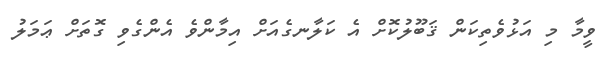
ވީމާ މި އަޅުވެތިކަން ޤަބޫލުކޮށް އެ ކަލާނގެއަށް އިމާންވެ އެންގެވި ގޮތަށް ޢަމަލު